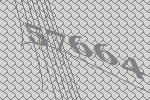
57664